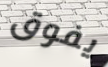
يفوق